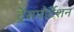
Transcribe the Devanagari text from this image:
ट्रेंसपोर्टेशन